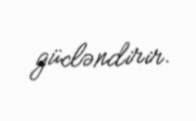
gücləndirir.